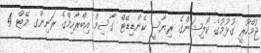
ޖުމްހޫރީ ގުޅުމުގެ ކޯލިޝަންގެ ރިޔާސީ ކެންޑިޑޭޓް ގާސިމް އިބްރާހިމްގެ ރަނިންގ މޭޓް 4